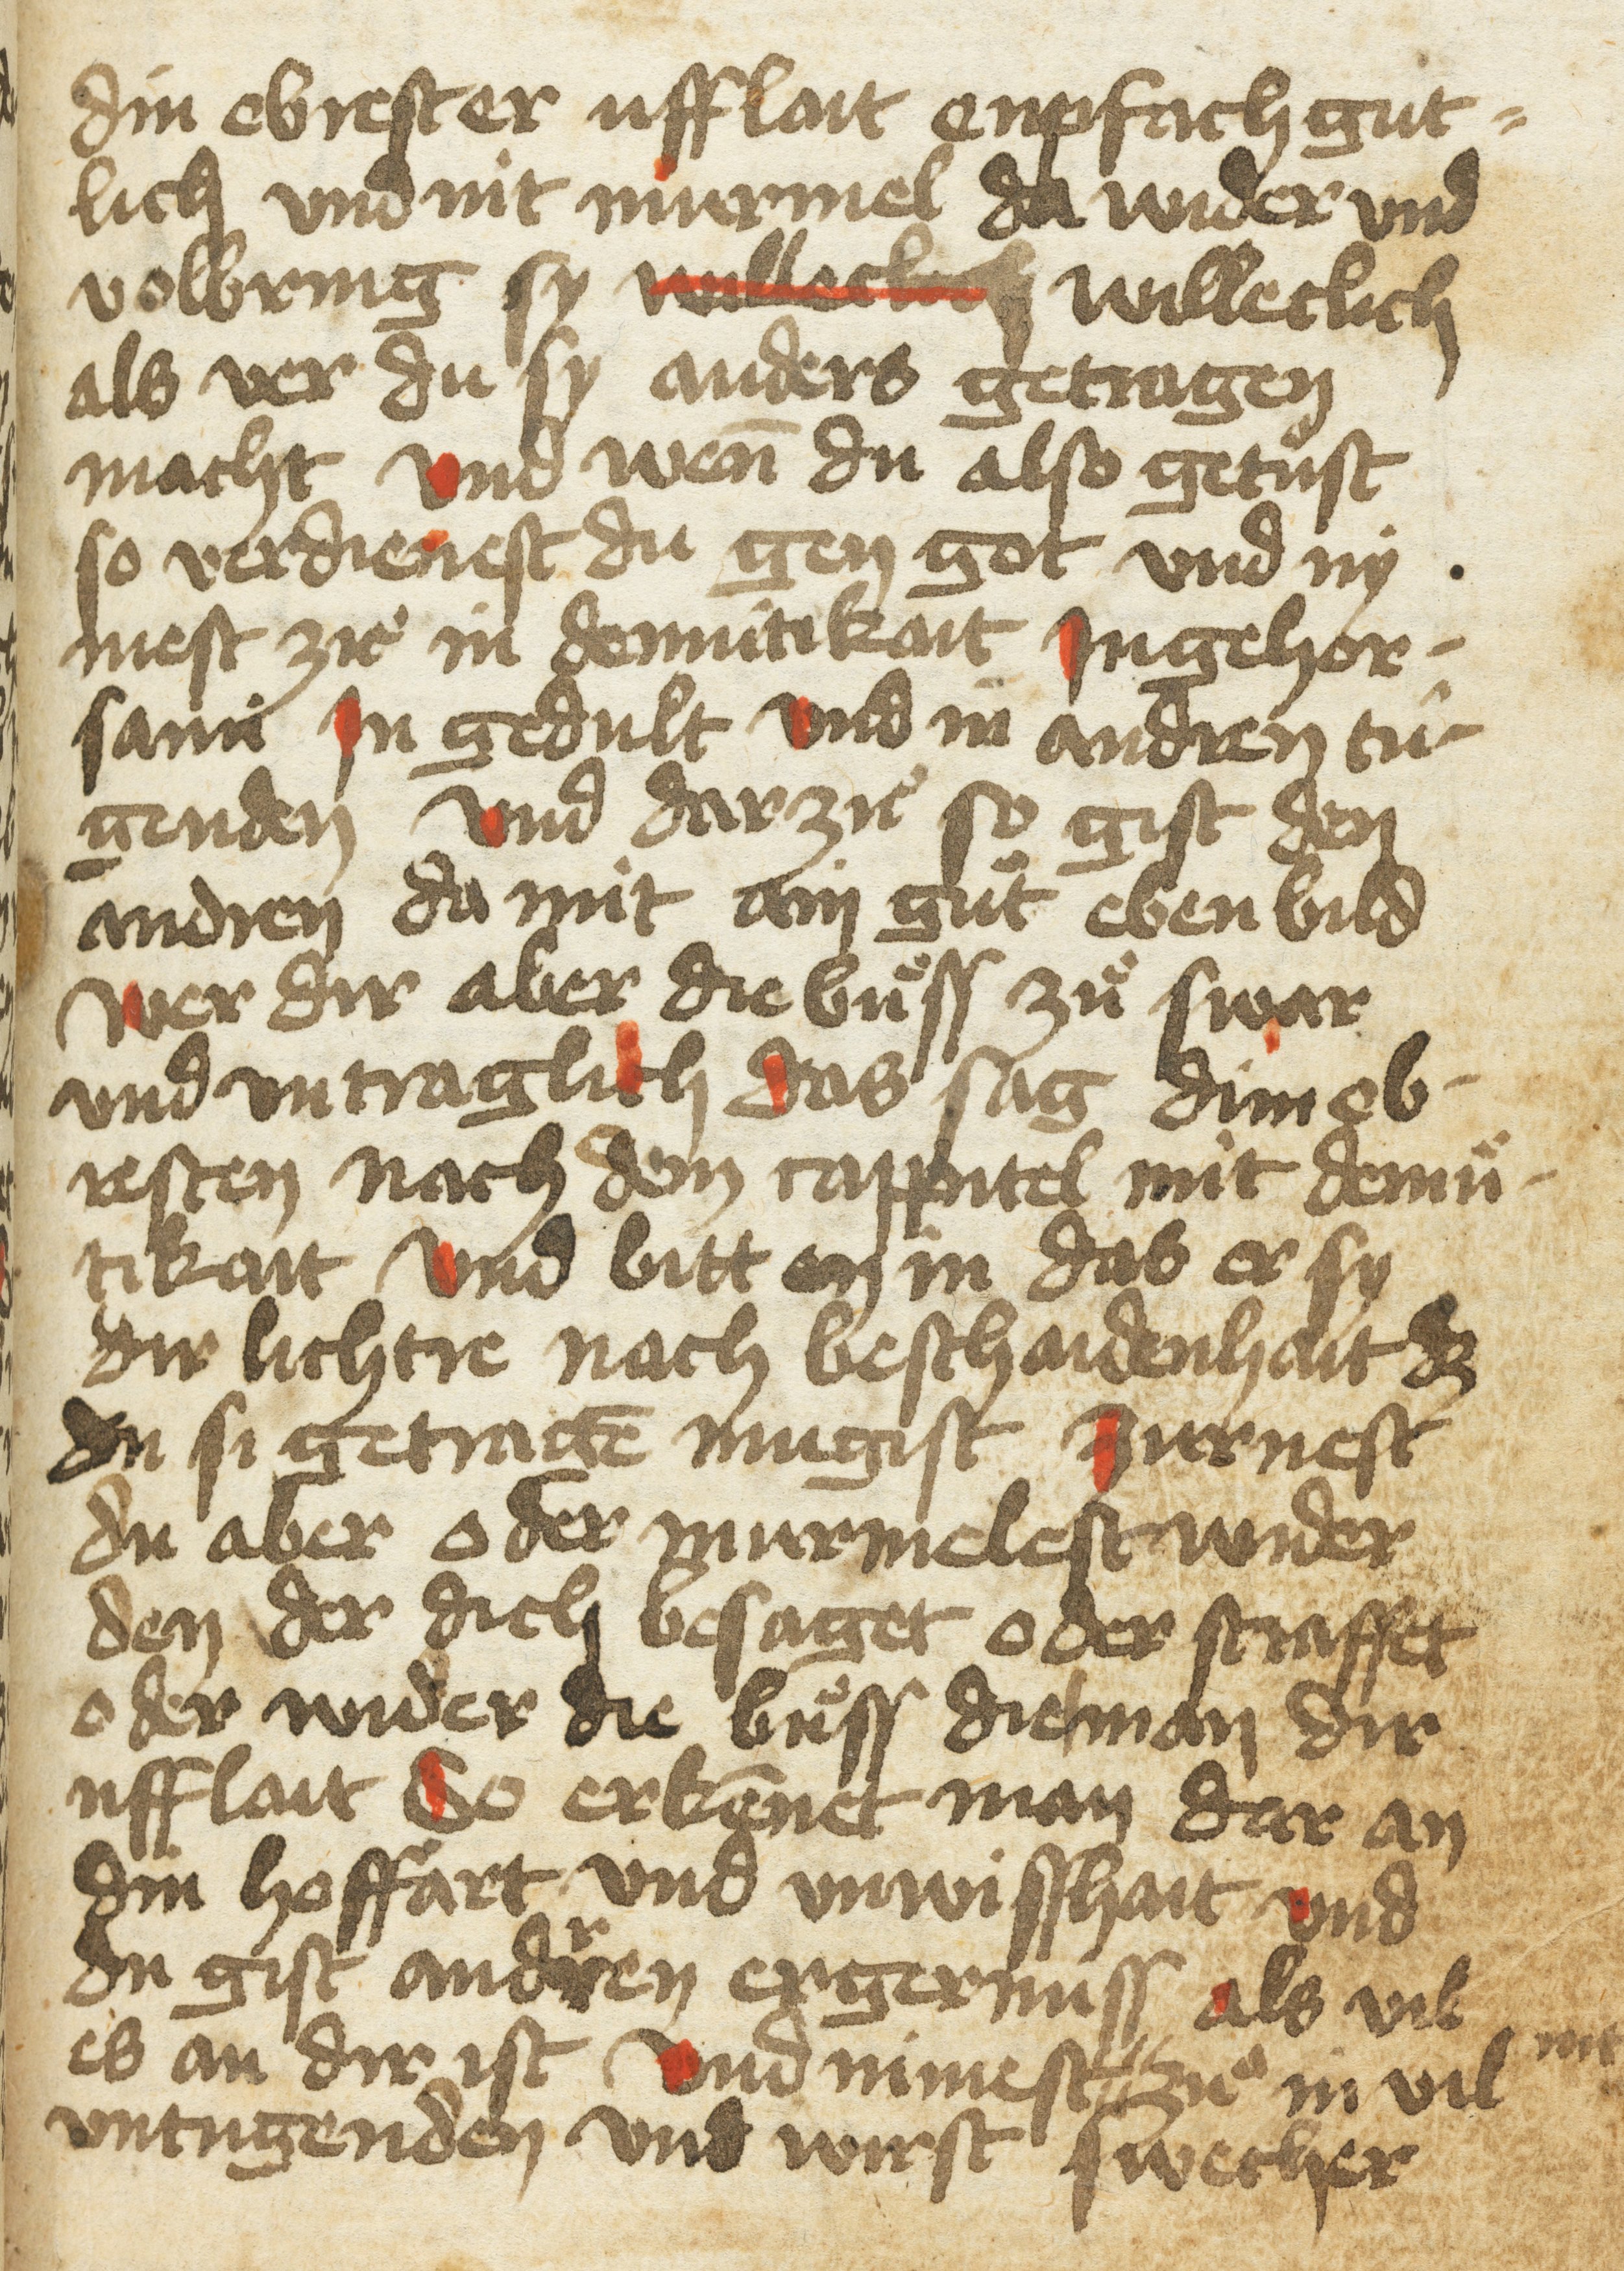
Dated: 1400–1499